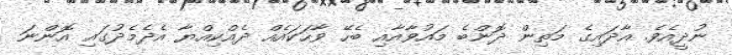
ނުދީއެވެ. އާދައިގެ މަތިން ދޮންބެ މައުވާއާއި ބެހޭ ވާހަކައެއް ދެއްކިއްޔާ އެދެމެދުގައި އޮންނަ